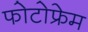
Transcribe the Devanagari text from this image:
फोटोफ्रेम